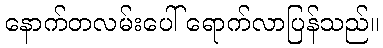
နောက်တလမ်းပေါ် ရောက်လာပြန်သည်။